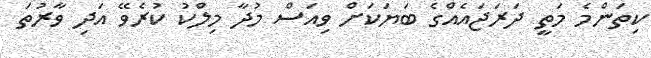
ކިތަންމެ މަތީ ދަރަޖައެއްގެ ބަޔަކަށް ވިއަސް މުދާ މިލްކު ކުރެވޭ އަދި ވާރުތަ